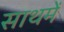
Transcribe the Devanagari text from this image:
साथमें